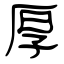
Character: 厚